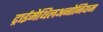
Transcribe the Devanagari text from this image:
ट्राईमेथिलअनोनियम